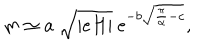
m \simeq a ~ \sqrt { | e H | } ~ \mathrm { e } ^ { - b \sqrt { \frac { \pi } { \alpha } - c } } ,